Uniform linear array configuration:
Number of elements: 24
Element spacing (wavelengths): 0.5
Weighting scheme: exponential
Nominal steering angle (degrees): -60
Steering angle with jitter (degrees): -58.646
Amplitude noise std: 0.05
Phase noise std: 0.05

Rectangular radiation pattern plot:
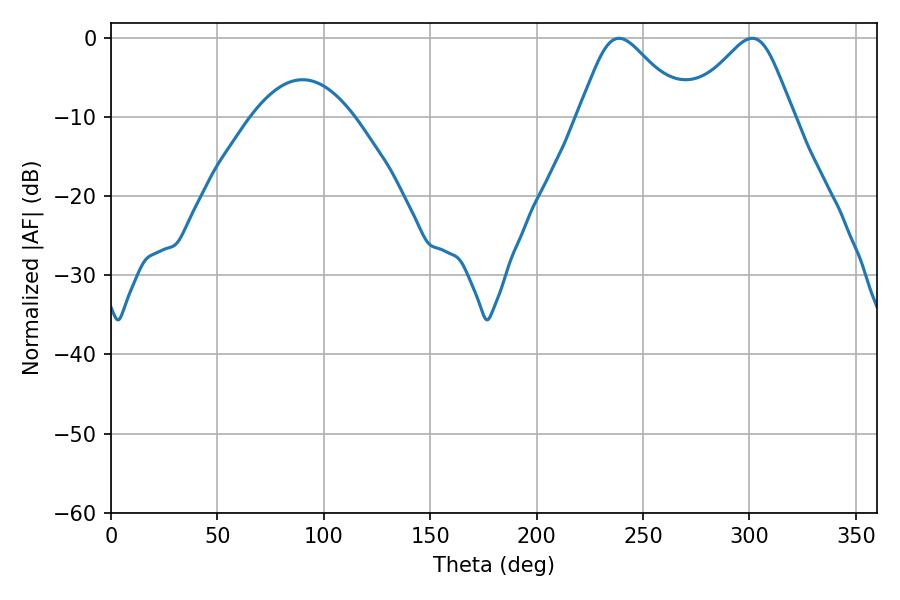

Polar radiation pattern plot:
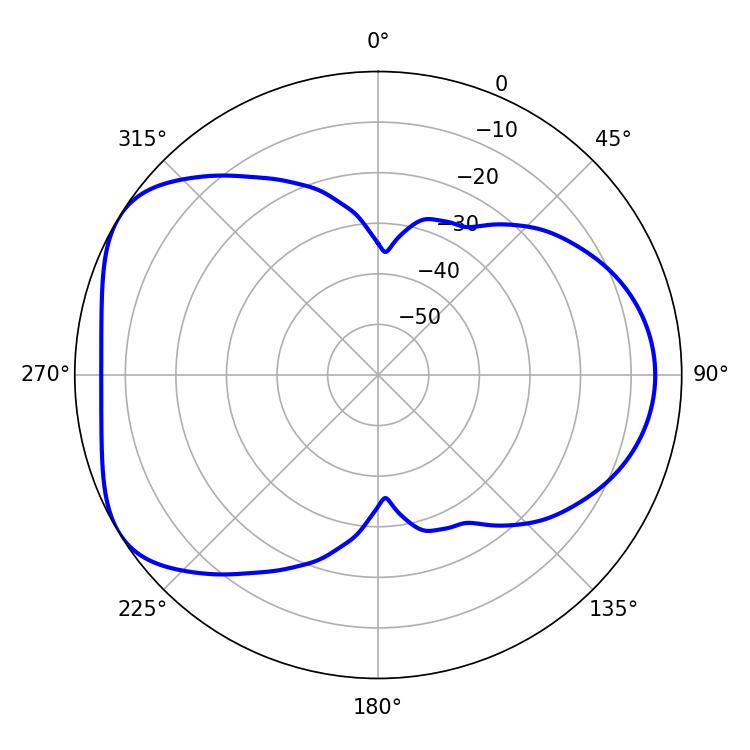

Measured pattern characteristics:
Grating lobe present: FALSE
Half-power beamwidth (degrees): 24.48
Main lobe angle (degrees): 301.32